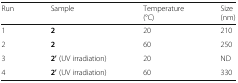
| Run | Sample | Temperature(°C) | Size(nm) |
 | --- | --- | --- | --- |
 | 1 | 2 | 20 | 210 |
 | 2 | 2 | 60 | 250 |
 | 3 | 2’ (UV irradiation) | 20 | ND |
 | 4 | 2’ (UV irradiation) | 60 | 330 |